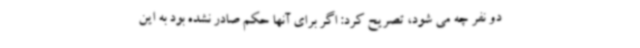
دو نفر چه می شود، تصریح کرد: اگر برای آنها حکم صادر نشده بود به این